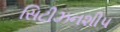
સિટીઝનશીપ